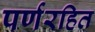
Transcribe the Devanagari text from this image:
पर्णरहित